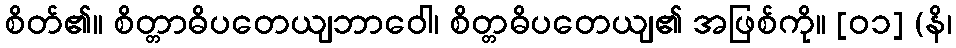
စိတ်၏။ စိတ္တာဓိပတေယျဘာဝေါ၊ စိတ္တဓိပတေယျ၏ အဖြစ်ကို။ [၀၁] (နိ၊